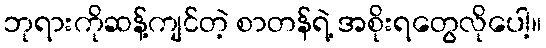
ဘုရားကိုဆန့်ကျင်တဲ့ စာတန်ရဲ့ အစိုးရတွေလိုပေါ့။